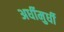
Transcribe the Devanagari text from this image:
अर्धीमुर्धी